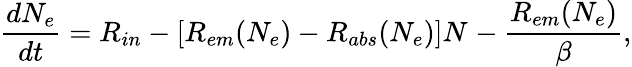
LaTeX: \frac{dN_{e}}{dt}=R_{in}-[R_{em}(N_{e})-R_{abs}(N_{e})]N_{}-\frac{R_{em}(N_{e})}{\beta},